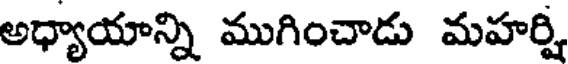
అధ్యాయాన్ని ముగించాడు మహర్షి